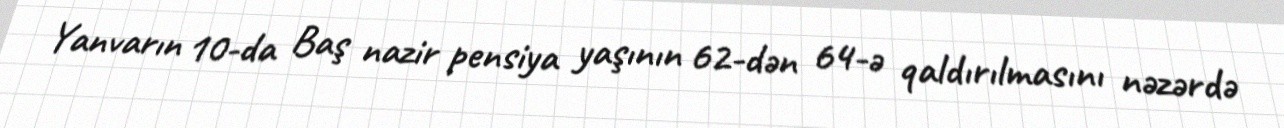
Yanvarın 10-da Baş nazir pensiya yaşının 62-dən 64-ə qaldırılmasını nəzərdə